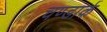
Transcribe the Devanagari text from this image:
चण्डार्क